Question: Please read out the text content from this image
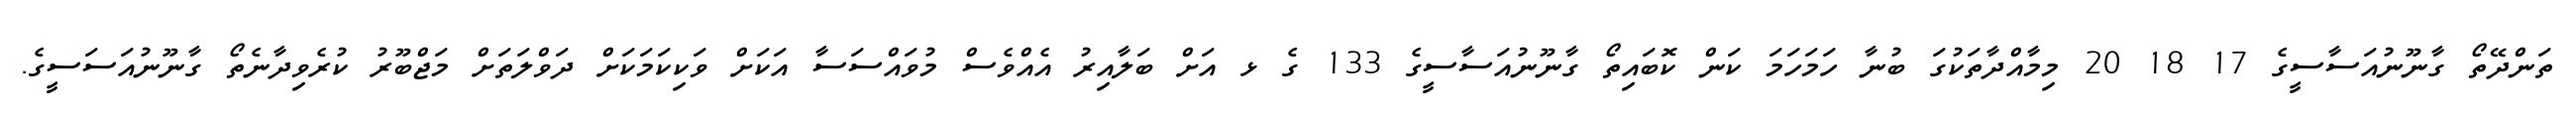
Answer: ތަންދޭތޯ ގާނޫނުއަސާސީގެ 17 18 20 މިމާއްދާތަކުގަ ބުނާ ހަމަހަމަ ކަން ކޮބައިތޯ ގާނޫނުއަސާސީގެ 133 ގެ ޅ އަށް ބަލާއިރު އެއްވެސް މުވައްސަސާ އަކަށް ވަކިކަމަކަށް ދަވްލަތަށް މަޖްބޫރު ކުރެވިދާނެތޯ ގާނޫނުއަސަސީގެ.